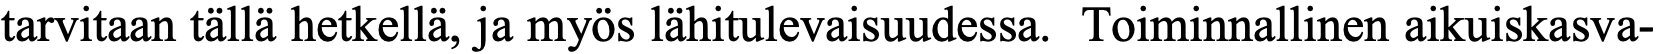
tarvitaan tällä hetkellä, ja myös lähitulevaisuudessa. Toiminnallinen aikuiskasva-